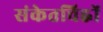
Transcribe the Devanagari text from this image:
संकेतचिह्नों